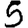
Digit: 5